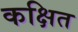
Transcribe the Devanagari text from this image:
कक्षित